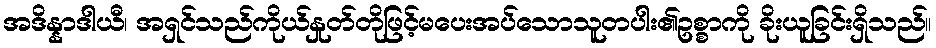
အဒိန္နာဒါယီ၊ အရှင်သည်ကိုယ်နှုတ်တိုဖြင့်မပေးအပ်သောသူတပါး၏ဥစ္စာကို ခိုးယူခြင်းရှိသည်။